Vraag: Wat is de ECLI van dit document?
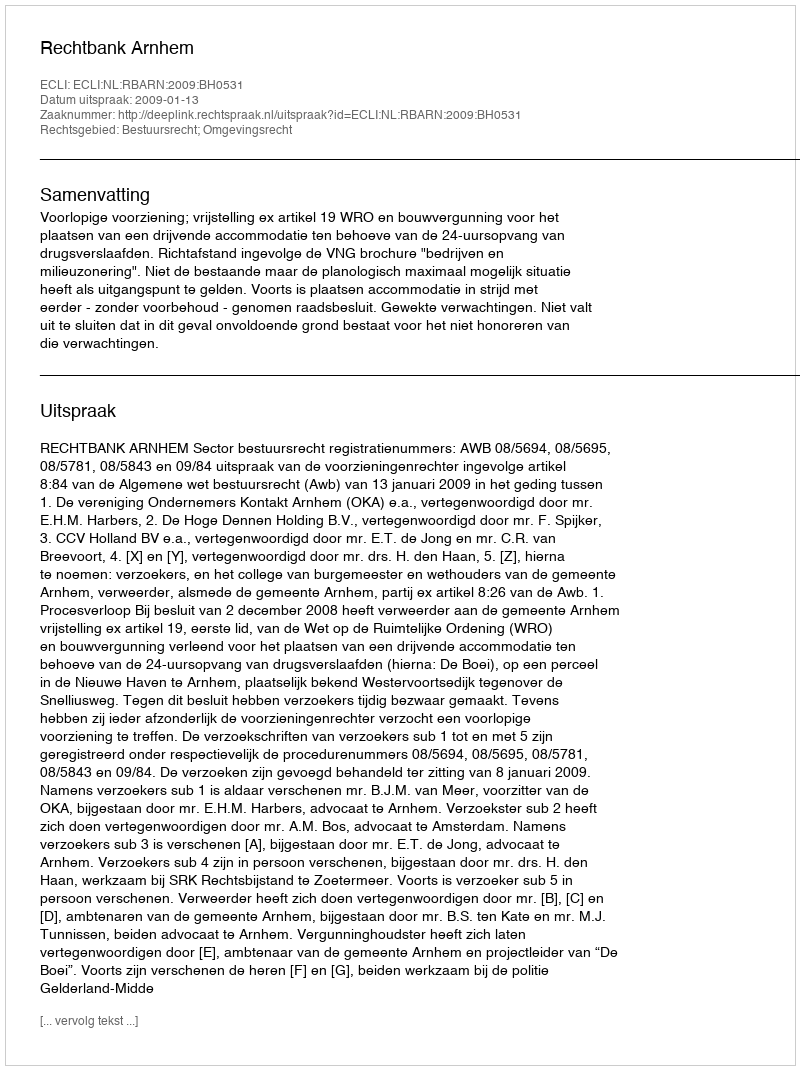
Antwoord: ECLI:NL:RBARN:2009:BH0531